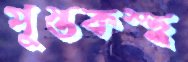
পুস্তকস্হ